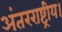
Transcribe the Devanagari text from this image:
अंतरराष्ट्रीय।